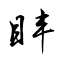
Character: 盽